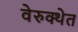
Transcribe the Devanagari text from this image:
वेरुक्थेत